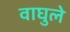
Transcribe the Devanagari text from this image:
वाघुले